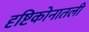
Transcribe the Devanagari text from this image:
दृष्टिकोनातली